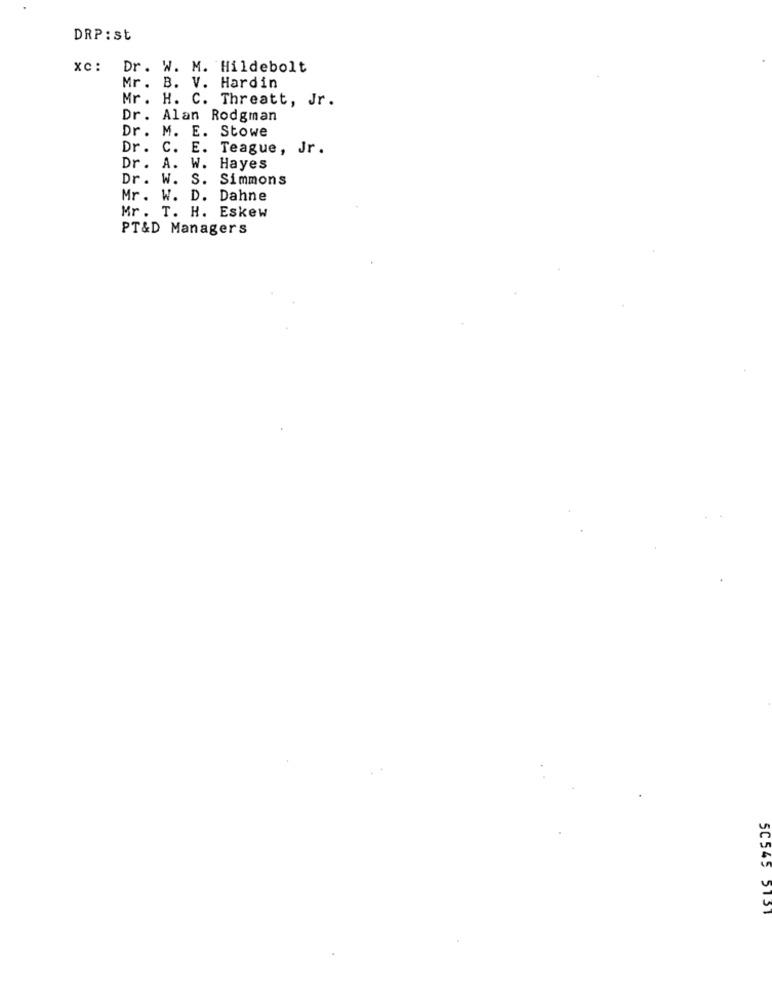
DRP:st
xc:
Dr. W. M. Hildebolt
Mr. B. V. Hardin
Mr. H. C. Threatt, Jr.
Dr. Alan Rodgman
Dr. M. E. Stowe
Dr. C. E. Teague, Jr.
Dr. A. W. Hayes
Dr. W. S. Simmons
Mr. W. D. Dahne
Mr. T. H. Eskew
PT&D Managers
SC545 5131